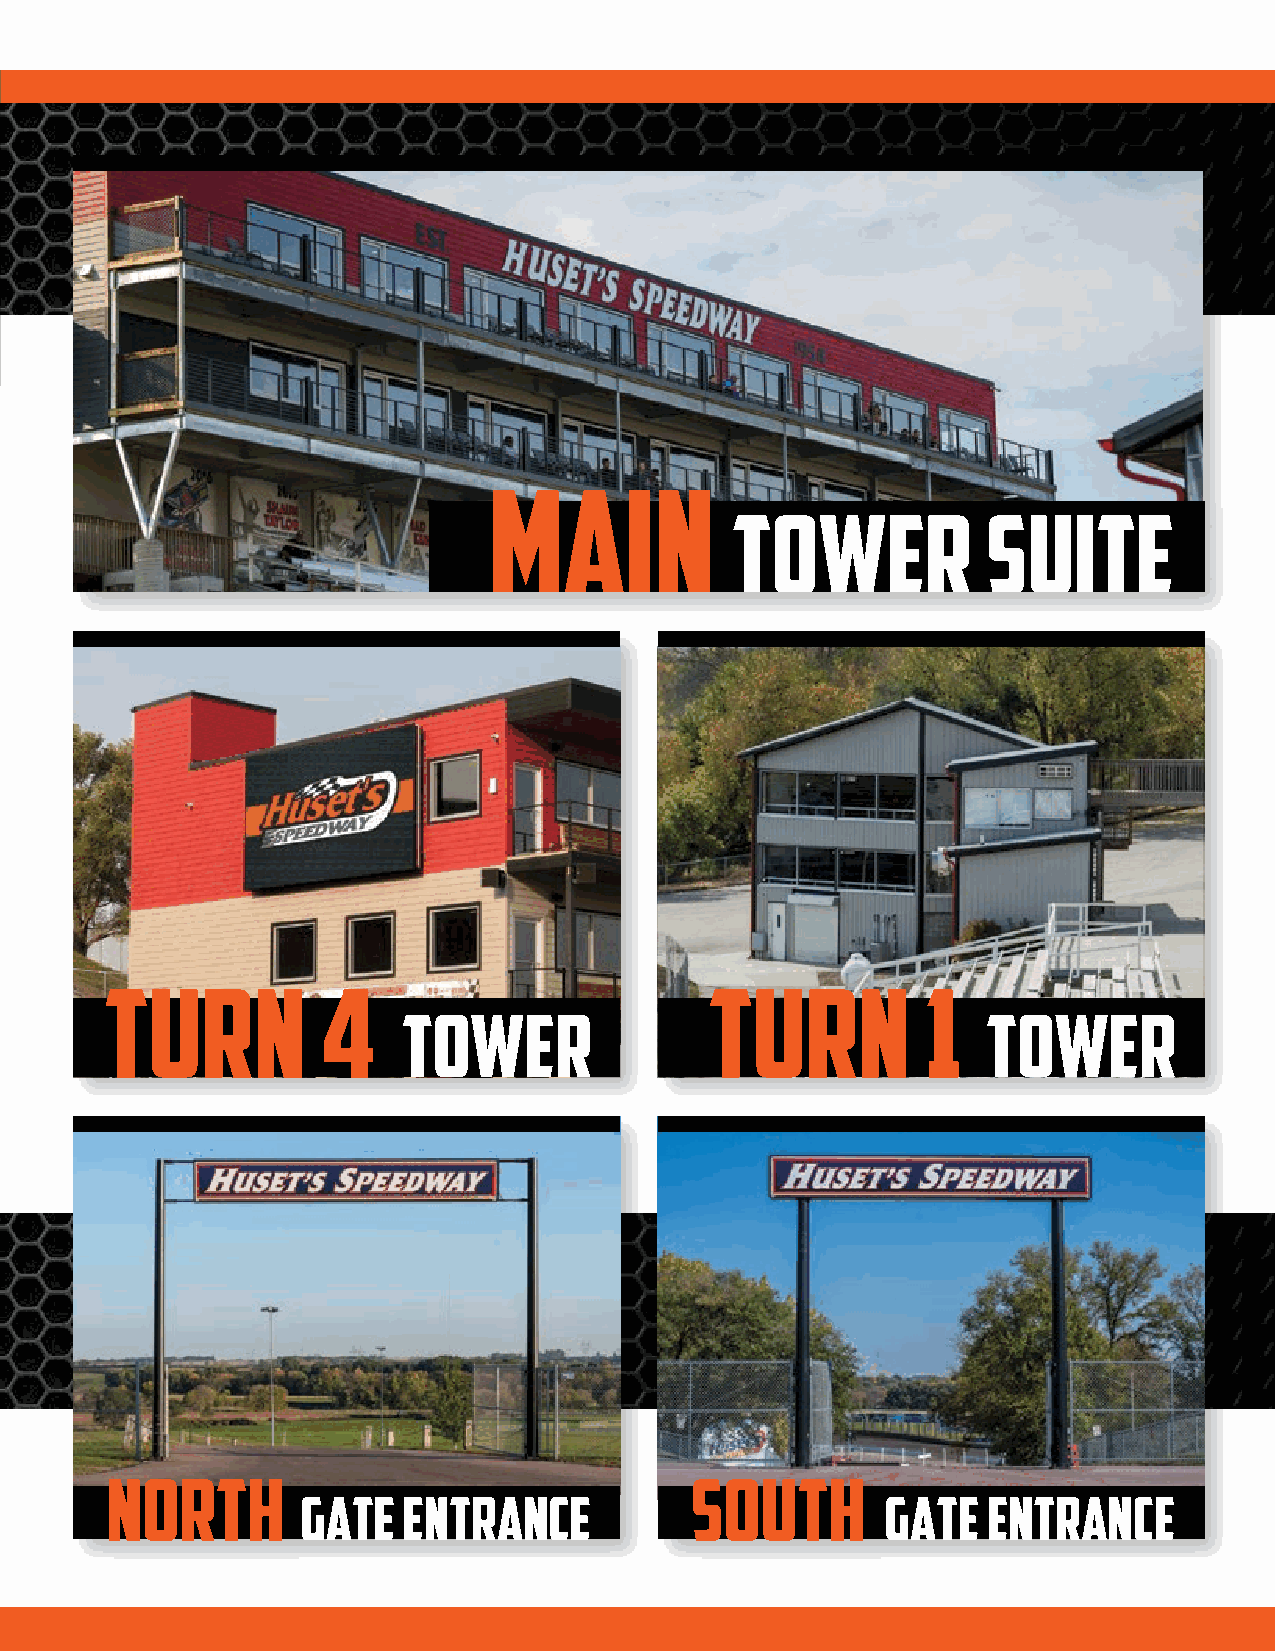
naming
 rights
 - Building naming rights include PA mentions
 main
 - Mentions online at HusetsSpeedway.com         tower            suite
 - High visibility with interior and exterior signage
 North driver
 box office services
 Turn          4                         Turn          1
 tower                                 tower
 south ticket
 box office back of north                      South
 gate   entrance                        gate  entrance